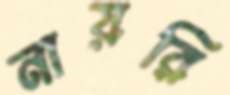
নায়রি